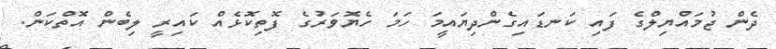
ދެން ޖުމައްޔިލްގެ ފައި ކަނޑައިގެންދިޔައީމަ ހަމަ ހެޔޮވަރުގެ ފޮތިކޮޅެއް ކައިރީ ލިބެން އޮތްކަން.